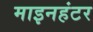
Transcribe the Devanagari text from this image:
माइनहंटर